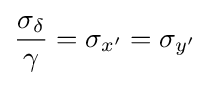
{\frac {\sigma _{\delta }}{\gamma }}=\sigma _{x'}=\sigma _{y'}